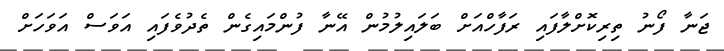
ޖަނާ ފޯނު ތިރިކޮށްލާފައި ރަފާހްއަށް ބަލައިލުމުން އޭނާ ފުންމައިގެން ތެދުވެފައި އަވަސް އަވަހަށް